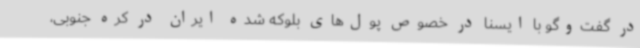
در گفت‌وگو با ایسنا در خصوص پول‌های بلوکه شده ایران در کره جنوبی،